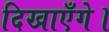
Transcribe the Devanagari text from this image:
दिखाएँगे।